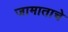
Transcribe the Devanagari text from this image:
जामाताचे